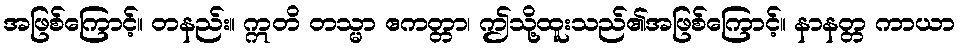
အဖြစ်ကြောင့်။ တနည်း။ ဣတိ တသ္မာ ဧကတ္တာ၊ ဤသို့ထူးသည်၏အဖြစ်ကြောင့်။ နာနတ္တ ကာယာ